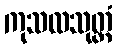
ကုသလသုတ္တံ